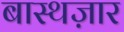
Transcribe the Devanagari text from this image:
बास्थज़ार